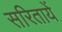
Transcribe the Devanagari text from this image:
सरितायें